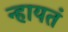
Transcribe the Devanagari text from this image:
न्हायतं